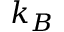
k _ { B }